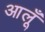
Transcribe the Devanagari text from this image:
आलूँ